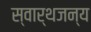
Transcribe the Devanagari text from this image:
स्वार्थजन्य